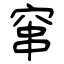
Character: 窜